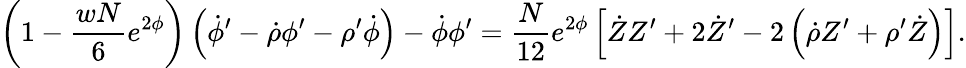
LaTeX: \left(1-\frac{wN}{6}e^{2\phi}\right)\left(\dot{\phi}^{\prime}-\dot{\rho}\phi^{\prime}-\rho^{\prime}\dot{\phi}\right)-\dot{\phi}\phi^{\prime}=\frac{N}{12}e^{2\phi}\left[\dot{Z}Z^{\prime}+2\dot{Z}^{\prime}-2\left(\dot{\rho}Z^{\prime}+\rho^{\prime}\dot{Z}\right)\right].